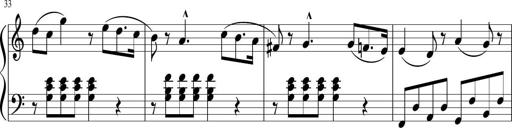
Title: 3 Sonatinen
Composer: Heinrich Lichner